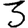
Digit: 3